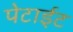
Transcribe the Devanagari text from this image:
पेटाईट